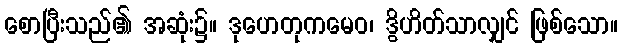
စောပြီးသည်၏ အဆုံး၌။ ဒုဟေတုကမေဝ၊ ဒွိဟိတ်သာလျှင် ဖြစ်သော။